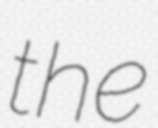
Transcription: the